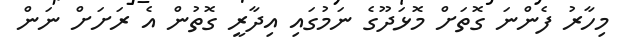
މިހާރު ފެންނަ ގޮތަށް މޮޅަދޫގެ ނަމުގައި އިދާރީ ގޮތުން އެ ރަށަށް ނަން